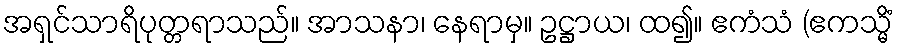
အရှင်သာရိပုတ္တရာသည်။ အာသနာ၊ နေရာမှ။ ဥဋ္ဌာယ၊ ထ၍။ ဧကံသံ (ဧကသ္မိံ